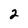
Character: 2